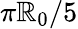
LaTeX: \pi\mathbb{R}_{0}/5